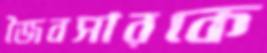
জৈবসারকে